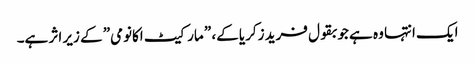
ایک انتہا وہ ہے جو بقول فرید زکریا کے، ” مارکیٹ اکانومی” کے زیر اثر ہے۔